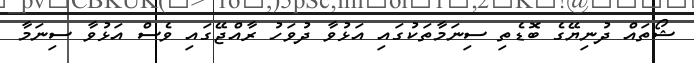
ޝޯތައް ދުނިޔޭގެ ބޮޑެތި ސިނަމާތަކުގައި އަޅުވާ ދުވަހު ރާއްޖޭގައި ވެސް އަޅުވާ ސިނަމާ